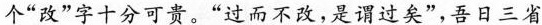
个“改”字十分可贵。”过而不改，是谓过矣”，吾日三省